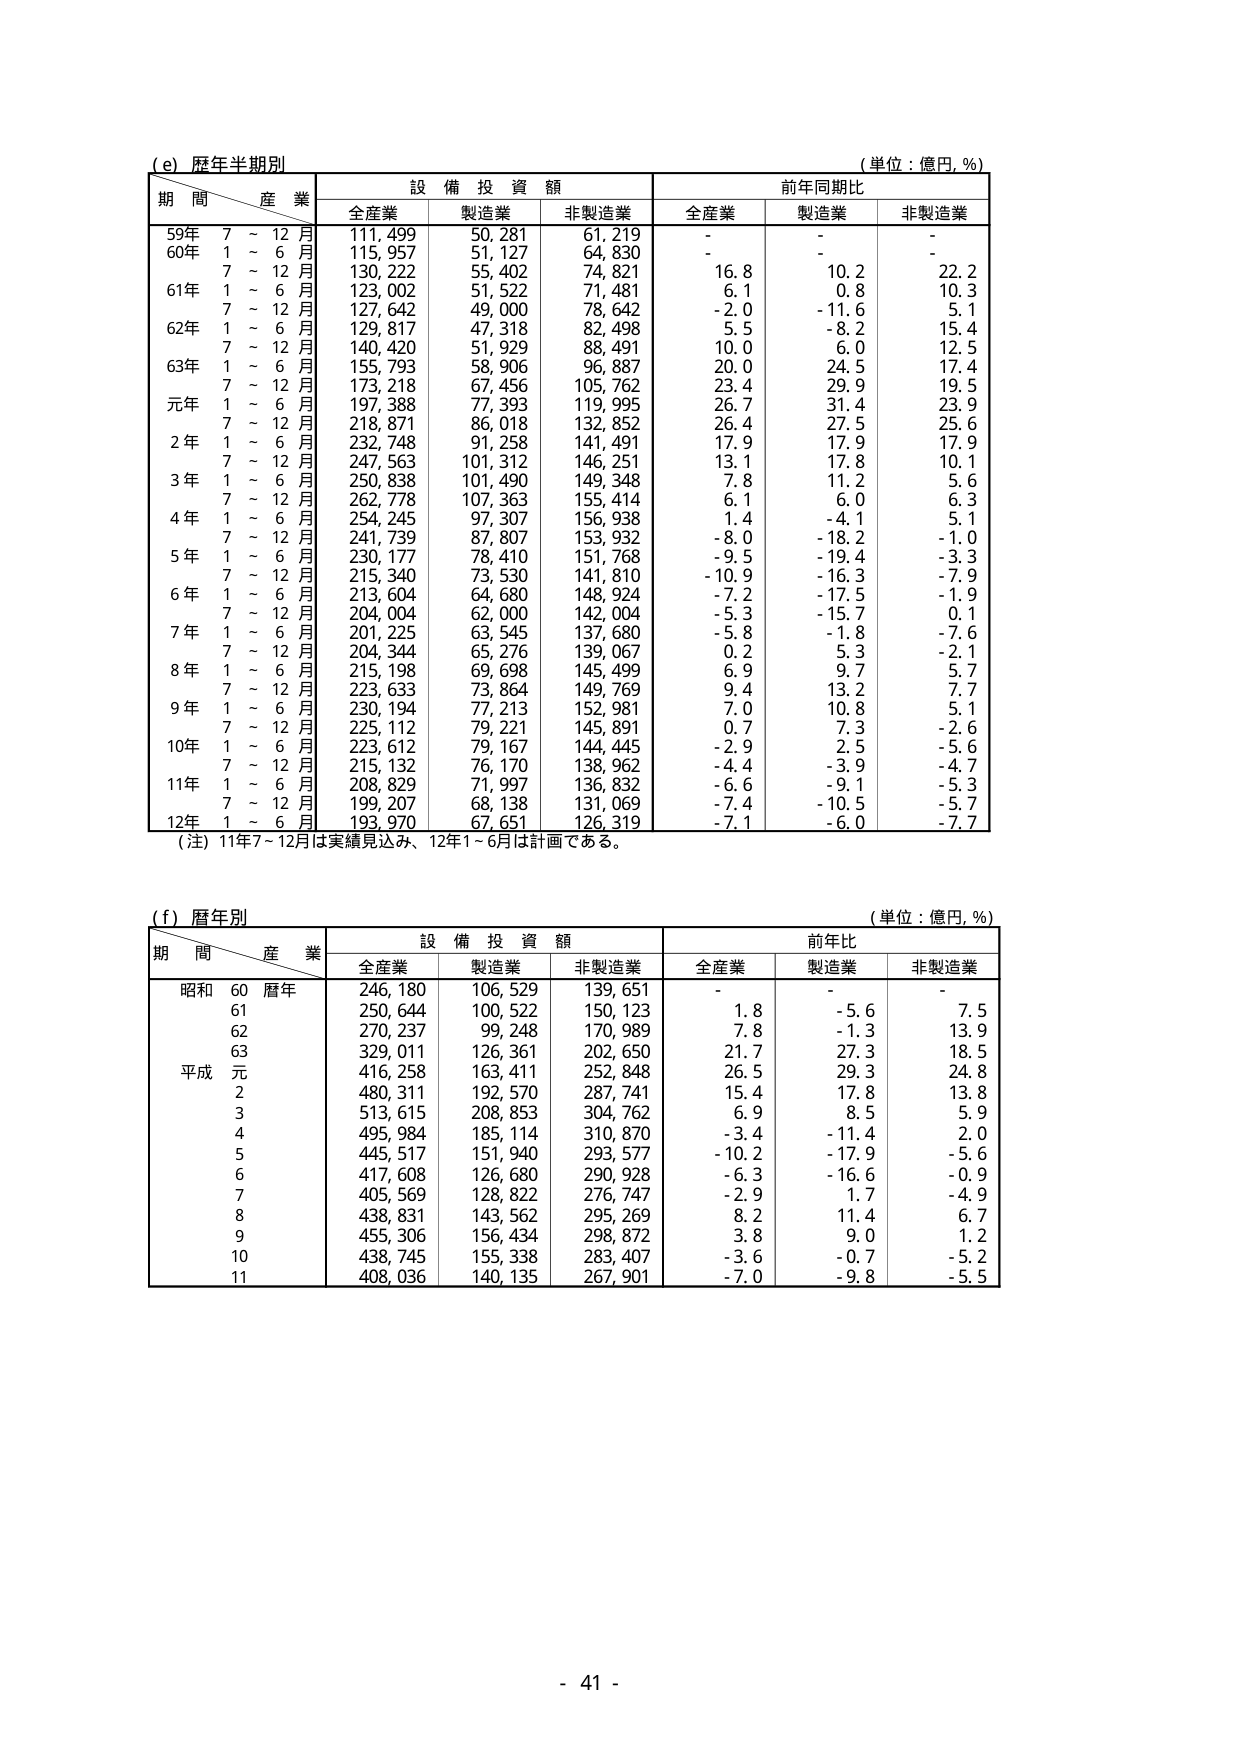
(e) 歴年半期別
(単位：億円, %)
期 間 産 業 設 備 投 資 額 前年同期比
全産業 製造業 非製造業 全産業 製造業 非製造業
59年 7 ~ 12 月 111,499 50,281 61,219 - - -
60年 1 ~ 6 月 115,957 51,127 64,830
7 ~ 12 月 130,222 55,402 74,821 16.8 10.2 22.2
61年 1 ~ 6 月 123,002 51,522 71,481 6.1 0.8 10.3
7 ~ 12 月 127,642 49,000 78,642 -2.0 -11.6 5.1
62年 1 ~ 6 月 129,817 47,318 82,498 5.5 -8.2 15.4
7 ~ 12 月 140,420 51,929 88,491 10.0 6.0 12.5
63年 1 ~ 6 月 155,793 58,906 96,887 20.0 24.5 17.4
7 ~ 12 月 173,218 67,456 105,762 23.4 29.9 19.5
元年 1 ~ 6 月 197,388 77,393 119,995 26.7 31.4 23.9
7 ~ 12 月 218,871 86,018 132,852 26.4 27.5 25.6
2年 1 ~ 6 月 232,748 91,258 141,491 17.9 17.9 17.9
7 ~ 12 月 247,563 101,312 146,251 13.1 17.8 10.1
3年 1 ~ 6 月 250,838 101,490 149,348 7.8 11.2 5.6
7 ~ 12 月 262,778 107,363 155,414 6.1 6.0 6.3
4年 1 ~ 6 月 254,245 97,307 156,938 1.4 -4.1 5.1
7 ~ 12 月 241,739 87,807 153,932 -8.0 -18.2 -1.0
5年 1 ~ 6 月 230,177 78,410 151,768 -9.5 -19.4 -3.3
7 ~ 12 月 215,340 73,530 141,810 -10.9 -16.3 -7.9
6年 1 ~ 6 月 213,604 64,680 148,924 -7.2 -17.5 -1.9
7 ~ 12 月 204,004 62,000 142,004 -5.3 -15.7 0.1
7年 1 ~ 6 月 201,225 63,545 137,680 -5.8 -1.8 -7.6
7 ~ 12 月 204,344 65,276 139,067 0.2 5.3 -2.1
8年 1 ~ 6 月 215,198 69,698 145,499 6.9 9.7 5.7
7 ~ 12 月 223,633 73,864 149,769 9.4 13.2 7.7
9年 1 ~ 6 月 230,194 77,213 152,981 7.0 10.8 5.1
7 ~ 12 月 225,112 79,221 145,891 0.7 7.3 -2.6
10年 1 ~ 6 月 223,612 79,167 144,445 -2.9 2.5 -5.6
7 ~ 12 月 215,132 76,170 138,962 -4.4 -3.9 -4.7
11年 1 ~ 6 月 208,829 71,997 136,832 -6.6 -9.1 -5.3
7 ~ 12 月 199,207 68,138 131,069 -7.4 -10.5 -5.7
12年 1 ~ 6 月 193,970 67,651 126,319 -7.1 -6.0 -7.7
（注）11年7～12月は実績見込み、12年1～6月は計画である。

(f) 歴年別
(単位：億円, %)
期 間 産 業 設 備 投 資 額 前年比
全産業 製造業 非製造業 全産業 製造業 非製造業
昭和 60 暦年 246,180 106,529 139,651 - - -
61 250,644 100,522 150,123 1.8 -5.6 7.5
62 270,237 99,248 170,989 7.8 -1.3 13.9
63 329,011 126,361 202,650 21.7 27.3 18.5
平成 元 416,258 163,411 252,848 26.5 29.3 24.8
2 480,311 192,570 287,741 15.4 17.8 13.8
3 513,615 208,853 304,762 6.9 8.5 5.9
4 495,984 185,114 310,870 -3.4 -11.4 2.0
5 445,517 151,940 293,577 -10.2 -17.9 -5.6
6 417,608 126,680 290,928 -6.3 -16.6 -0.9
7 405,569 128,822 276,747 -2.9 1.7 -4.9
8 438,831 143,562 295,269 8.2 11.4 6.7
9 455,306 156,434 298,872 3.8 9.0 1.2
10 438,745 155,338 283,407 -3.6 -0.7 -5.2
11 408,036 140,135 267,901 -7.0 -9.8 -5.5

- 41 -